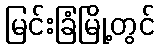
မြင်းခြံမြို့တွင်